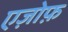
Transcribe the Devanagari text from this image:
एज़ोफ़